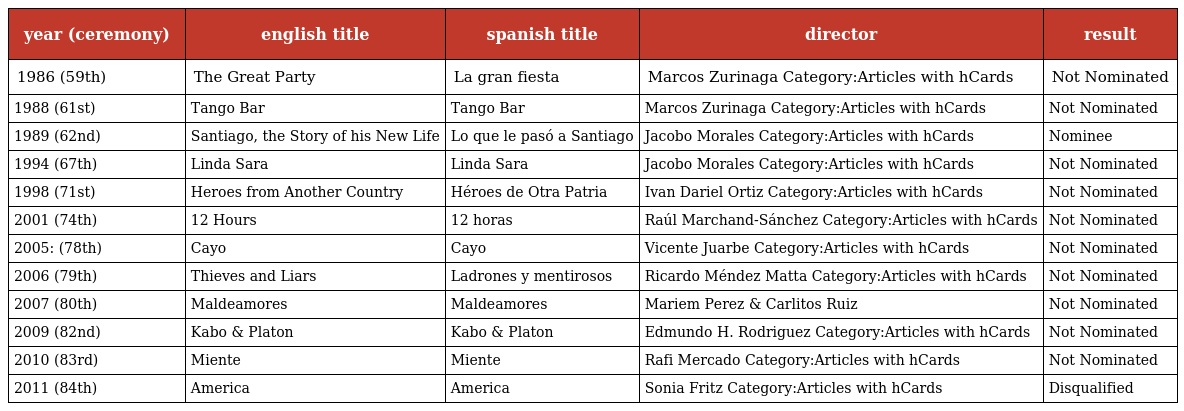
| year (ceremony) | english title | spanish title | director | result |
 | --- | --- | --- | --- | --- |
 | 1986 (59th) | The Great Party | La gran fiesta | Marcos Zurinaga Category:Articles with hCards | Not Nominated |
 | 1988 (61st) | Tango Bar | Tango Bar | Marcos Zurinaga Category:Articles with hCards | Not Nominated |
 | 1989 (62nd) | Santiago, the Story of his New Life | Lo que le pasó a Santiago | Jacobo Morales Category:Articles with hCards | Nominee |
 | 1994 (67th) | Linda Sara | Linda Sara | Jacobo Morales Category:Articles with hCards | Not Nominated |
 | 1998 (71st) | Heroes from Another Country | Héroes de Otra Patria | Ivan Dariel Ortiz Category:Articles with hCards | Not Nominated |
 | 2001 (74th) | 12 Hours | 12 horas | Raúl Marchand-Sánchez Category:Articles with hCards | Not Nominated |
 | 2005: (78th) | Cayo | Cayo | Vicente Juarbe Category:Articles with hCards | Not Nominated |
 | 2006 (79th) | Thieves and Liars | Ladrones y mentirosos | Ricardo Méndez Matta Category:Articles with hCards | Not Nominated |
 | 2007 (80th) | Maldeamores | Maldeamores | Mariem Perez & Carlitos Ruiz | Not Nominated |
 | 2009 (82nd) | Kabo & Platon | Kabo & Platon | Edmundo H. Rodriguez Category:Articles with hCards | Not Nominated |
 | 2010 (83rd) | Miente | Miente | Rafi Mercado Category:Articles with hCards | Not Nominated |
 | 2011 (84th) | America | America | Sonia Fritz Category:Articles with hCards | Disqualified |